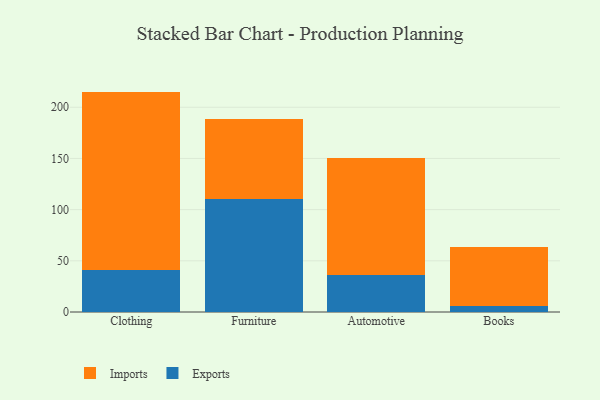
{"axis": {"x": "Category", "y": "Revenue (USD Million)"}, "legend": ["Exports", "Imports"], "data": [{"x": "Clothing", "y": 40.9, "type": "Exports"}, {"x": "Clothing", "y": 174.4, "type": "Imports"}, {"x": "Furniture", "y": 110.0, "type": "Exports"}, {"x": "Furniture", "y": 78.3, "type": "Imports"}, {"x": "Automotive", "y": 36.2, "type": "Exports"}, {"x": "Automotive", "y": 114.4, "type": "Imports"}, {"x": "Books", "y": 5.8, "type": "Exports"}, {"x": "Books", "y": 57.8, "type": "Imports"}]}